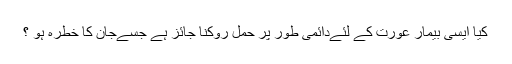
کيا ايسى بيمار عورت کے لئےدائمى طور پر حمل روکنا جائز ہے جسےجان کا خطرہ ہو ؟